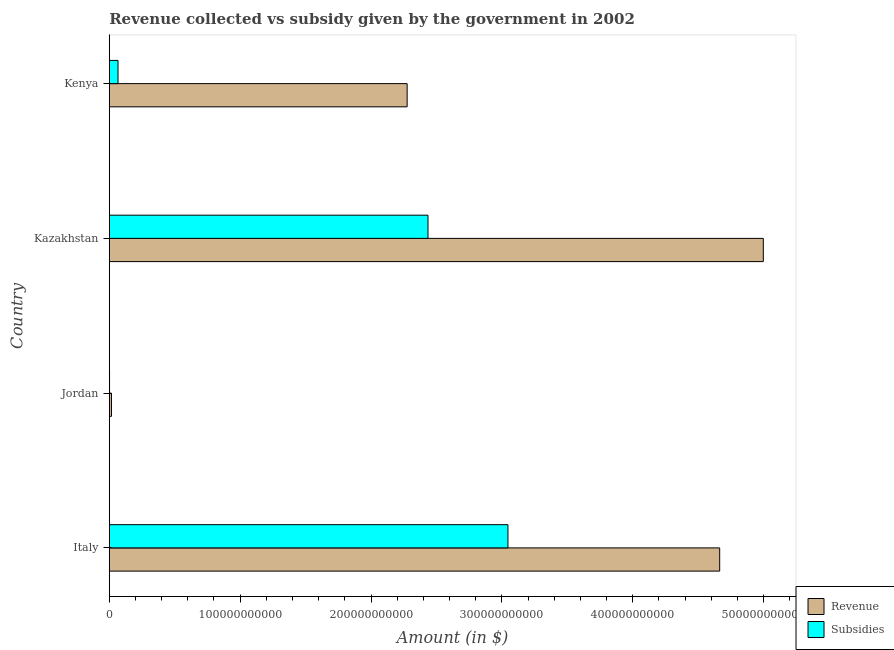
| Country | Revenue | Subsidies |
 | --- | --- | --- |
 | Italy | 4.66e+11 | 3.05e+11 |
 | Jordan | 1.68e+09 | 2.12e+08 |
 | Kazakhstan | 5e+11 | 2.44e+11 |
 | Kenya | 2.28e+11 | 6.68e+09 |